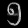
Digit: ၅